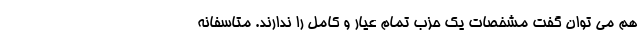
هم می توان گفت مشخصات یک حزب تمام عیار و کامل را ندارند. متاسفانه